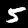
Label: 5